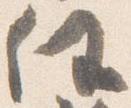
任